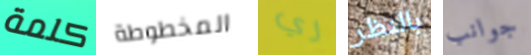
كلمة المخطوطة ري بالنظر جوانب